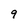
Character: 9